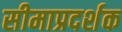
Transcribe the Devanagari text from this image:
सीमाप्रदर्शक